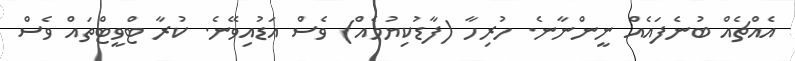
އެއްޗެއް ބުނެފައެއް ނީންނާނެ. ހުރިހާ (ފާޑުކިޔުމެއް) ވެސް އަޑުއިވޭނެ. ކުރާ ޓްވީޓްތައް ވެސް